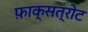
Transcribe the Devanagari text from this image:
फ़ाक्सत्रोट